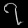
Digit: ၇